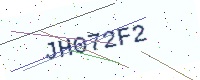
Text: JH072F2